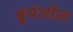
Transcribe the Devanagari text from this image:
ब्रुयंजील